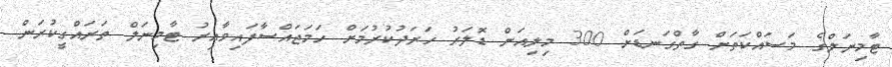
ޓާމިނަލްގެ މަސައްކަތަށް ގާތްގަނޑަށް 300 މިލިއަން ޑޮލަރު ހަރަދުކުރުމަށް ހަމަޖައްސާފައިވާއިރު ޓާމިނަލް ތަރައްގީކުރަން